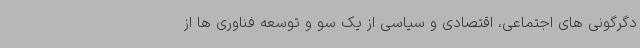
دگرگونی های اجتماعی، اقتصادی و سیاسی از یک سو و توسعه فناوری ها از